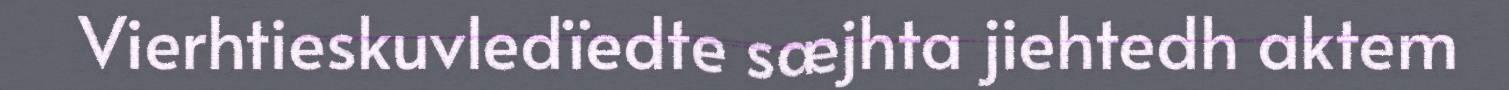
Vierhtieskuvledïedte sæjhta jiehtedh aktem